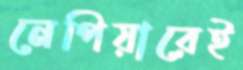
নেপিয়ারেই